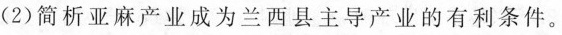
(2)简析亚麻产业成为兰西县主导产业的有利条件。